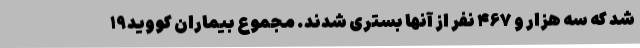
شد که سه هزار و ۴۶۷ نفر از آنها بستری شدند. مجموع بیماران کووید۱۹